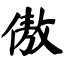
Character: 傲